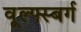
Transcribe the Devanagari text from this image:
वूल्फ्स्बर्ग